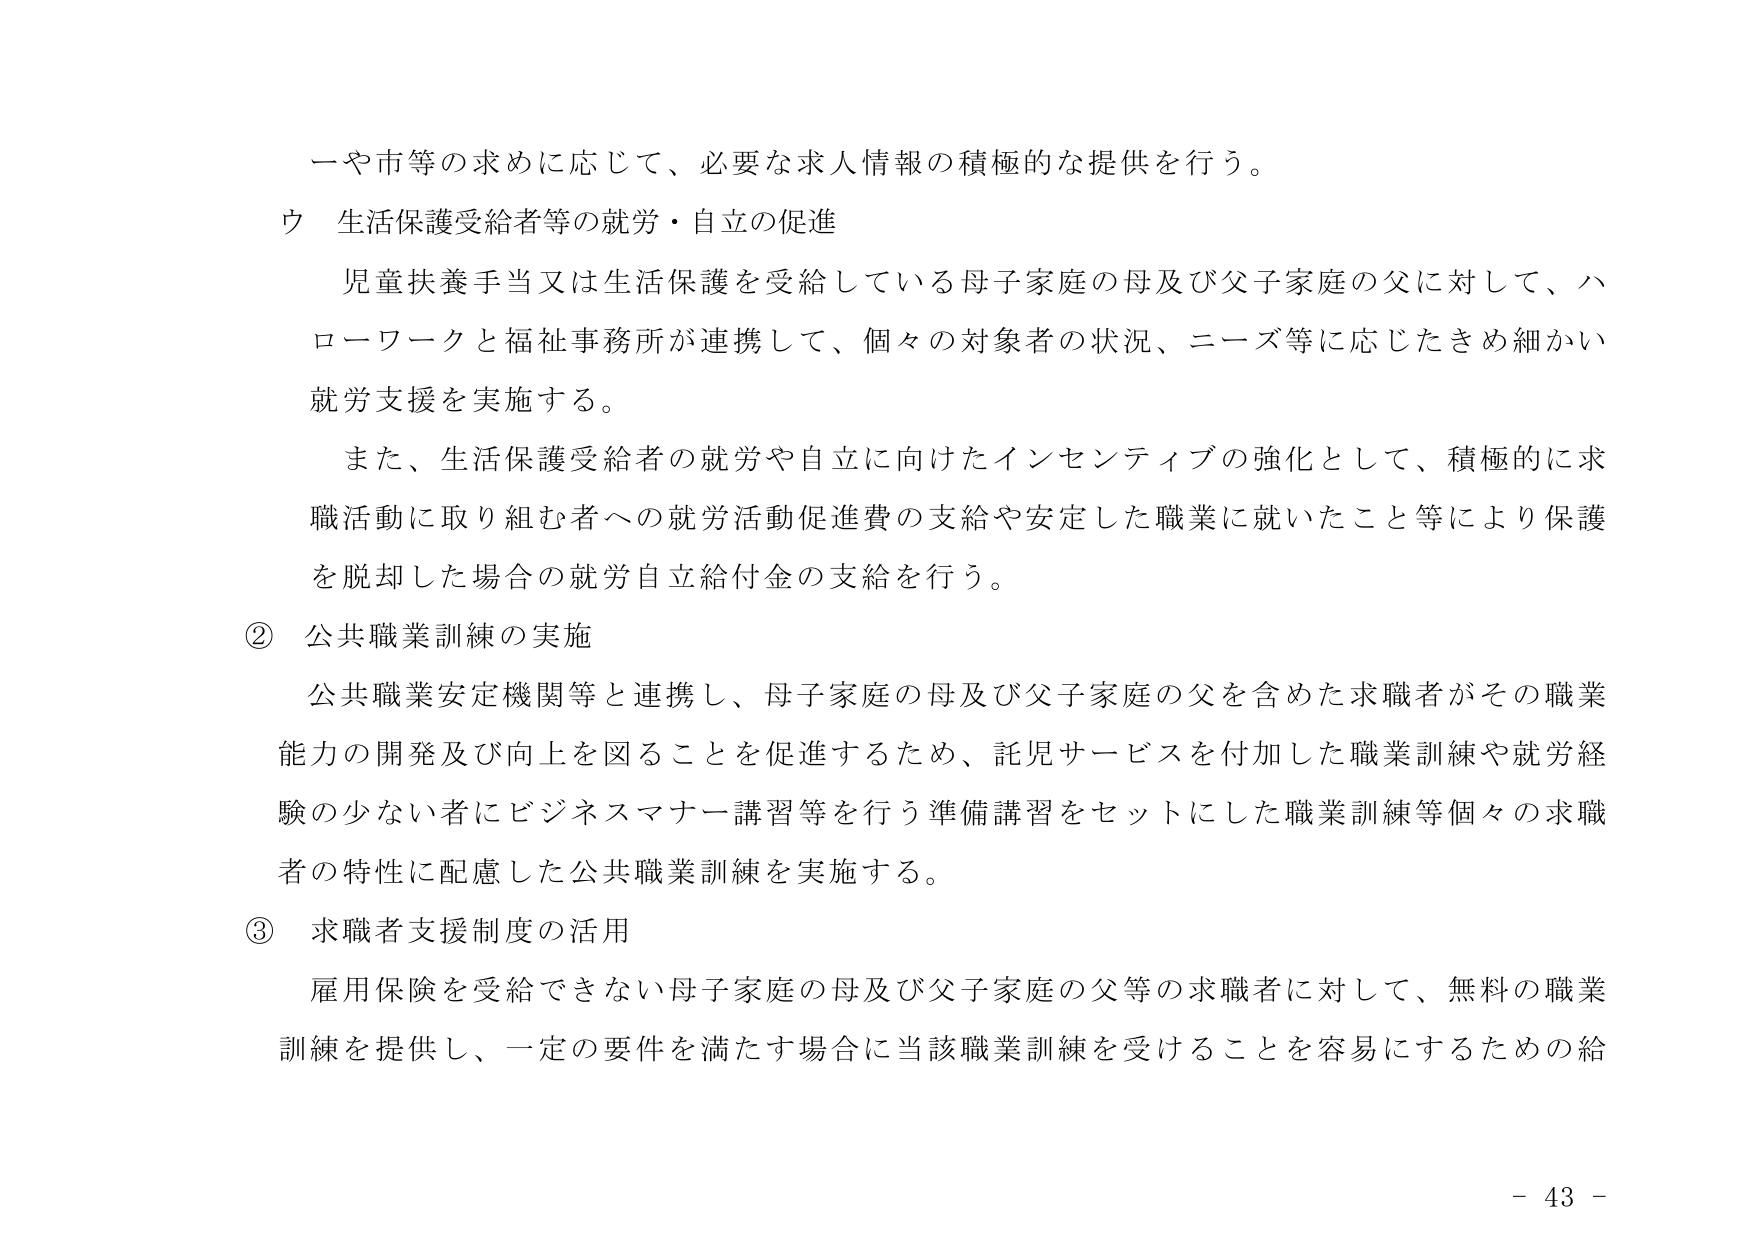
一や市等の求めに応じて、必要な求人情報の積極的な提供を行う。

ウ 生活保護受給者等の就労・自立の促進

児童扶養手当又は生活保護を受給している母子家庭の母及び父子家庭の父に対して、ハローワークと福祉事務所が連携して、個々の対象者の状況、ニーズ等に応じたきめ細かい就労支援を実施する。

また、生活保護受給者の就労や自立に向けたインセンティブの強化として、積極的に求職活動に取り組む者への就労活動促進費の支給や安定した職業に就いたこと等により保護を脱却した場合の就労自立給付金の支給を行う。

② 公共職業訓練の実施

公共職業安定機関等と連携し、母子家庭の母及び父子家庭の父を含めた求職者がその職業能力の開発及び向上を図ることを促進するため、託児サービスを付加した職業訓練や就労経験の少ない者にビジネスマナー講習等を行う準備講習をセットにした職業訓練等個々の求職者の特性に配慮した公共職業訓練を実施する。

③ 求職者支援制度の活用

雇用保険を受給できない母子家庭の母及び父子家庭の父等の求職者に対して、無料の職業訓練を提供し、一定の要件を満たす場合に当該職業訓練を受けることを容易にするための給

- 43 -